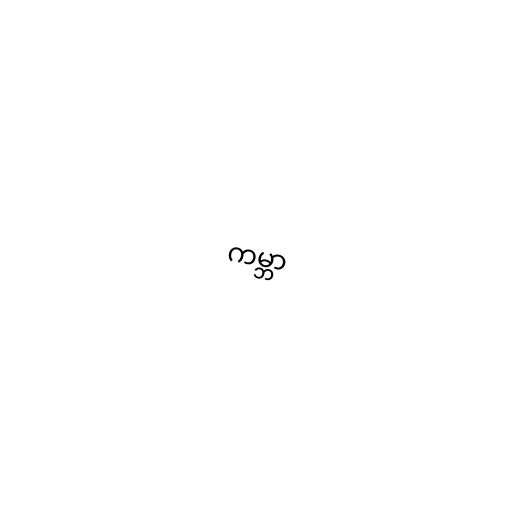
ကမ္ဘာ